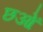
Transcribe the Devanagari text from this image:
छओं